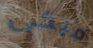
ميكى